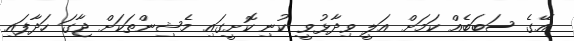
އޭގެ ސަބަބެއް ކަމަށް އަލީ ވިދާޅުވީ ކުނި ކޮށީގައި މެޝިންތަކަށް ޖާގަ ހަދާފައި